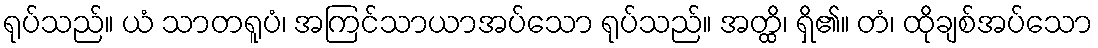
ရုပ်သည်။ ယံ သာတရူပံ၊ အကြင်သာယာအပ်သော ရုပ်သည်။ အတ္ထိ၊ ရှိ၏။ တံ၊ ထိုချစ်အပ်သော